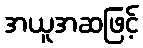
အယူအဆဖြင့်